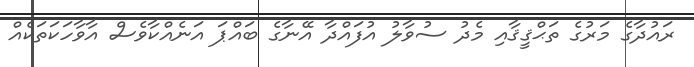
ރައުދާގެ މަރުގެ ތަޙްޤީޤާއި މެދު ސުވާލު އުފައްދާ އޭނާގެ ބައްޕަ އަނެއްކާވެސް އާވާހަކަތަކެއް